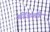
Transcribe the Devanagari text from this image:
गोंडली